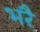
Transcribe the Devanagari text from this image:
भरै